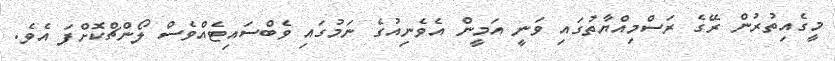
މީގެއިތުރުން ރޭގެ ރަސްމިއްޔާތުގައި ވަނީ އަމީން އެވެނިއުގެ ނަމުގައި ވެބްސައިޓެއްވެސް ލޯންޗްކޮށްފަ އެވެ.